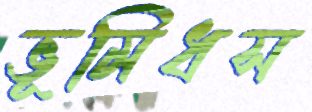
ভূমিধস